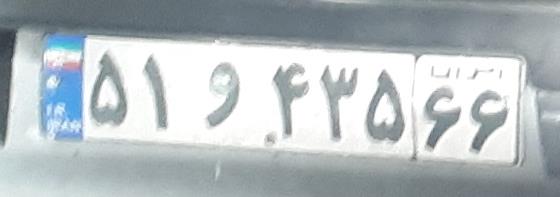
۵۱و۴۳۵۶۶